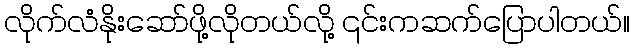
လိုက်လံနိုးဆော်ဖို့လိုတယ်လို့ ၎င်းကဆက်ပြောပါတယ်။